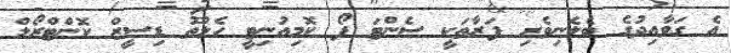
އެ ގަވާއިދުގެ ބެލެނިވެރި ފަރާތަކީ ސެންޓަ ފޯ ކޮމިއުނިޓީ ހެލްތު ޑިސީޒް ކޮންޓްރޯލް